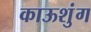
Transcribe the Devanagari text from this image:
काऊशुंग